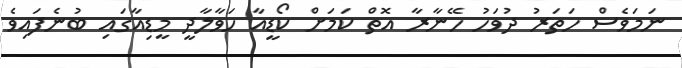
ނަމަވެސް ހަތަރު ދުވަހު ހޭނާރާ އޮތް ކަމަށް ކޯޑީއާ ހަވާލާދީ މީޑިއާގައި ބުނެފައިވެ